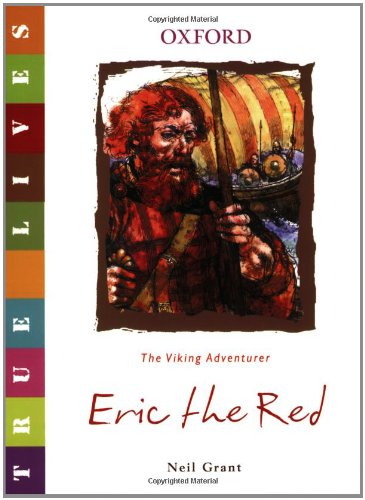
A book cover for Eric the Red: True Lives (True Lives Series); Neil Grant; Biographies & Memoirs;